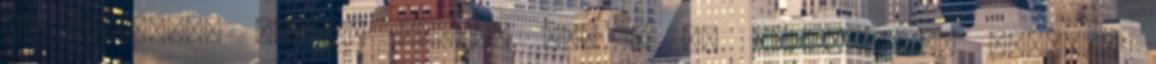
Mi pályázni fogunk jövőre is, s ha lehetőséget kapunk,